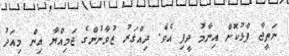
ނަތީޖާ ފާޅުކޮށް އިނާމު ދީފި އެވެ. ދިއްގަރު ޒުވާނުންގެ ޖަމިއްޔާ އިން މިއަދު